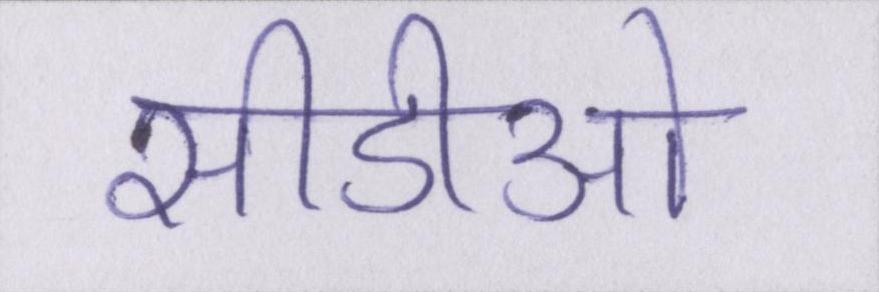
सीडीओ